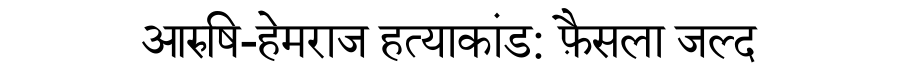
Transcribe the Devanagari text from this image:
आरुषि-हेमराज हत्याकांड: फ़ैसला जल्द